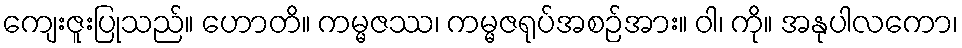
ကျေးဇူးပြုသည်။ ဟောတိ။ ကမ္မဇဿ၊ ကမ္မဇရုပ်အစဉ်အား။ ဝါ၊ ကို။ အနုပါလကော၊